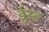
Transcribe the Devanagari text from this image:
ई्स्ट